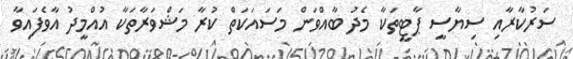
ސަރުކާރާއި ސިޔާސީ ޕާޓީތަކާ މެދު ބާއްވަން މަސައަކަތް ކުރާ މަޝްވަރާތަކާ އުއްމީދު އާވެފައިވާ